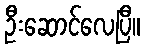
ဦးဆောင်လေပြီ။